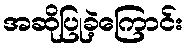
အဆိုပြုခဲ့ကြောင်း